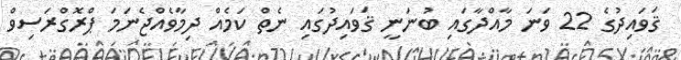
ޤަވައިދުގެ 22 ވަނަ މާއްދާގައި ބުނަނީ ޤަވައިދުގައި ނެތް ކަމެއް ދިމާވެއްޖެނަމަ ޕްރޮގްރަސިވް